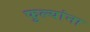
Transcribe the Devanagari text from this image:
फुल्यांना